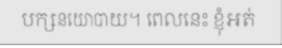
បក្សនយោបាយ។ ពេលនេះ ខ្ញុំអត់